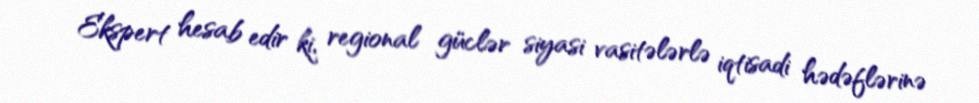
Ekspert hesab edir ki, regional güclər siyasi vasitələrlə iqtisadi hədəflərinə